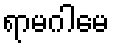
ရာမဂါမေ